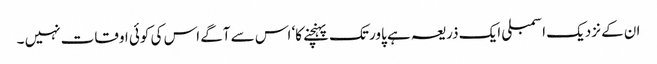
ان کے نزدیک اسمبلی ایک ذریعہ ہے پاور تک پہنچنے کا‘ اس سے آگے اس کی کوئی اوقات نہیں ۔